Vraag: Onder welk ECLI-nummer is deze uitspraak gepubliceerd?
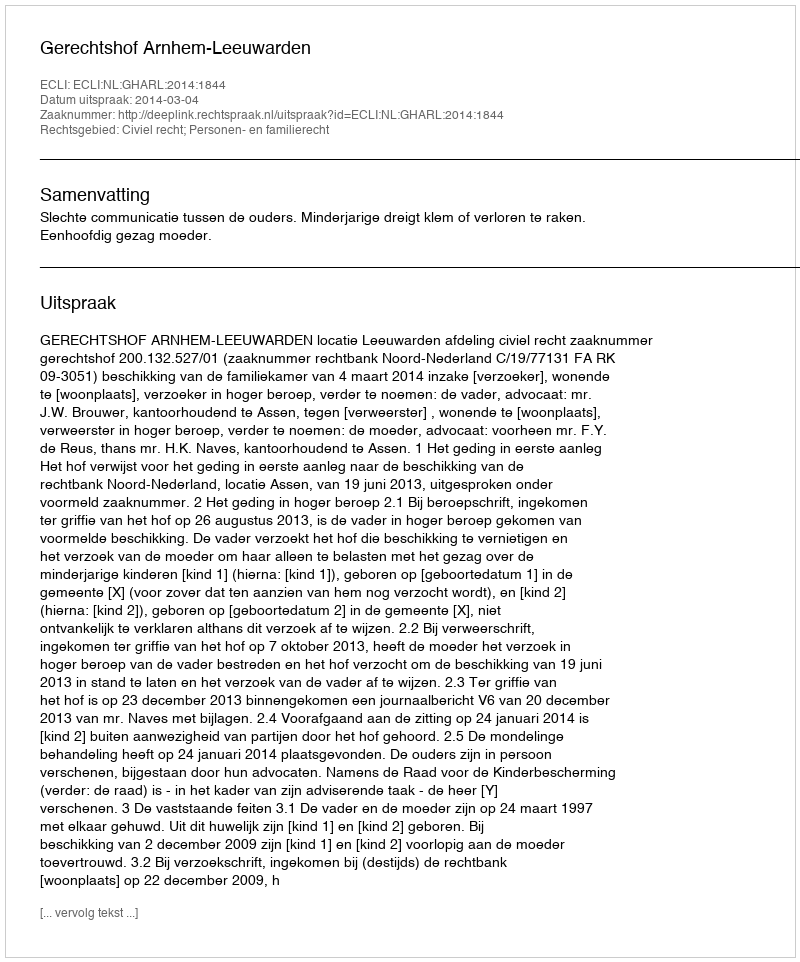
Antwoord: ECLI:NL:GHARL:2014:1844